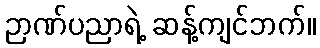
ဉာဏ်ပညာရဲ့ ဆန့်ကျင်ဘက်။